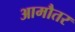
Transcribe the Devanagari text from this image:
आमौतर